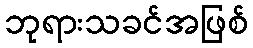
ဘုရားသခင်အဖြစ်